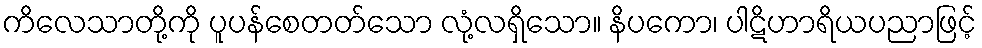
ကိလေသာတို့ကို ပူပန်စေတတ်သော လုံ့လရှိသော။ နိပကော၊ ပါဋိဟာရိယပညာဖြင့်